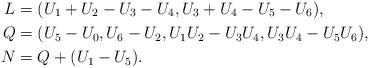
LaTeX: \begin{align*} L &= (U_1 + U_2 - U_3 - U_4, U_3 + U_4 - U_5 - U_6), \\ Q &= (U_5-U_0, U_6 - U_2, U_1U_2 - U_3 U_4, U_3U_4 - U_5 U_6), \\ N &= Q + (U_1 - U_5). \end{align*}